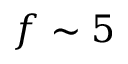
f \sim 5